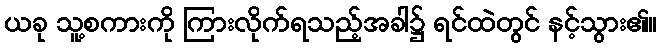
ယခု သူ့စကားကို ကြားလိုက်ရသည့်အခါ၌ ရင်ထဲတွင် နင့်သွား၏။